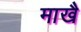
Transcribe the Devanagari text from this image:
माखै